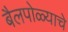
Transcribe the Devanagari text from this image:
बैलपोळ्याचे